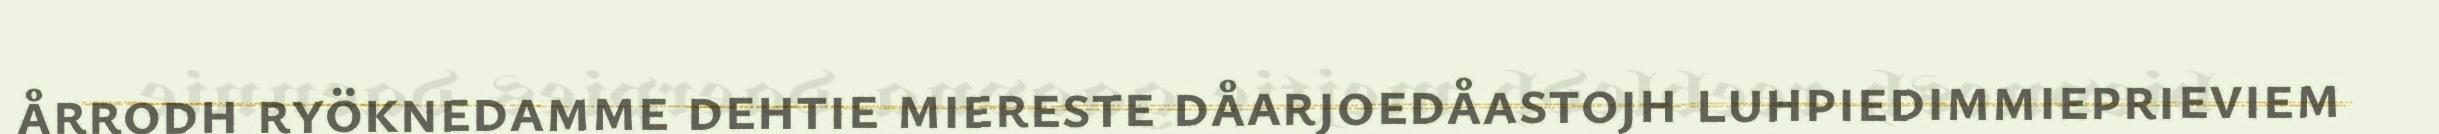
årrodh ryöknedamme dehtie miereste dåarjoedåastojh luhpiedimmieprieviem